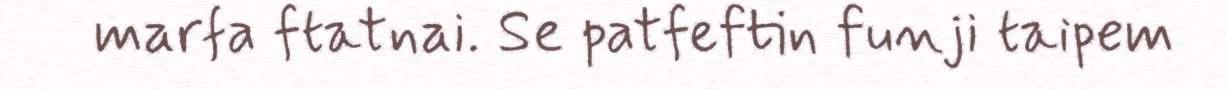
marfa ftatnai. Se patfeftin funji taipem